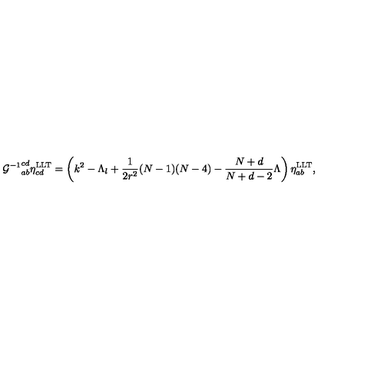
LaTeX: { { \cal G } ^ { - 1 } } _ { a b } ^ { c d } \eta _ { c d } ^ { \mathrm { L L T } } = \left( k ^ { 2 } - \Lambda _ { l } + \frac { 1 } { 2 r ^ { 2 } } ( N - 1 ) ( N - 4 ) - \frac { N + d } { N + d - 2 } \Lambda \right) \eta _ { a b } ^ { \mathrm { L L T } } ,